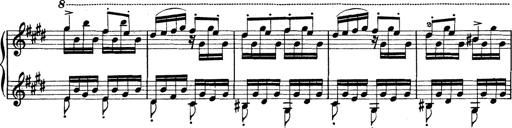
Title: Rapsodie: 19 ungheresi, 1 spagnuola
Composer: Franz Liszt